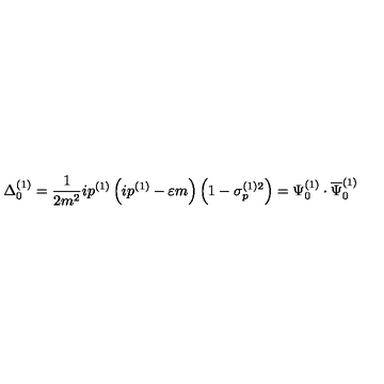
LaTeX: \Delta _ { 0 } ^ { ( 1 ) } = \frac 1 { 2 m ^ { 2 } } i p ^ { ( 1 ) } \left( i p ^ { ( 1 ) } - \varepsilon m \right) \left( 1 - \sigma _ { p } ^ { ( 1 ) 2 } \right) = \Psi _ { 0 } ^ { ( 1 ) } \cdot \overline { { \Psi } } _ { 0 } ^ { ( 1 ) }